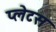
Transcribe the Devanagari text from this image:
प्लेटस